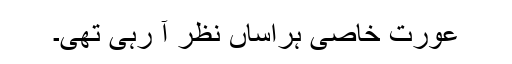
عورت خاصی ہراساں نظر آ رہی تھی۔